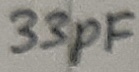
Text: 33pF